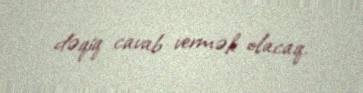
dəqiq cavab vermək olacaq.